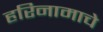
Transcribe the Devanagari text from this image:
हरिनामाचे